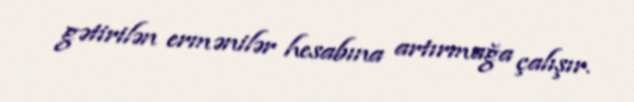
gətirilən ermənilər hesabına artırmağa çalışır.